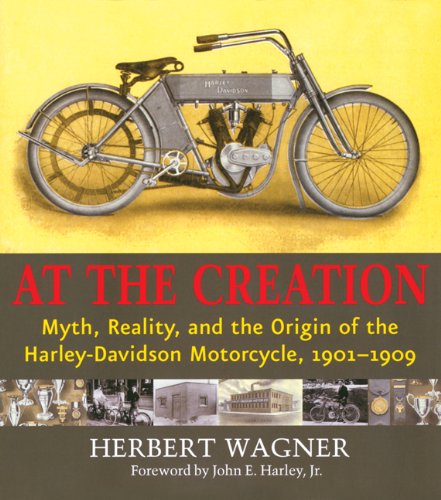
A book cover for At the Creation: Myth, Reality, and the Origin of the Harley-Davidson Motorcycle, 1901-1909; Herbert Wagner; Business & Money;